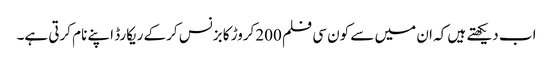
اب دیکھتے ہیں کہ ان میں سے کون سی فلم 200کروڑ کا بزنس کرکے ریکارڈ اپنے نام کرتی ہے۔